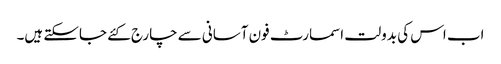
اب اس کی بدولت اسمارٹ فون آسانی سے چارج کئے جاسکتے ہیں۔